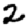
Digit: 2